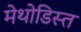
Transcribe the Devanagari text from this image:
मेथोडिस्त